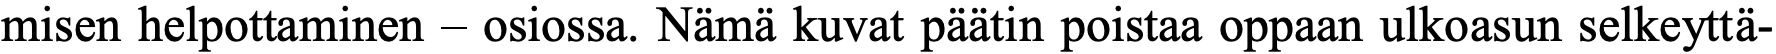
misen helpottaminen – osiossa. Nämä kuvat päätin poistaa oppaan ulkoasun selkeyttä-